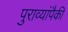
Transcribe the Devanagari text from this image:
पुराव्यांपैकी